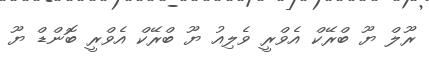
ރޫލް ޔޫ ބްރޭކް އެވްރީ ވެލިއު ޔޫ ބްރޭކް އެވްރީ ބޮންޑް ޔޫ